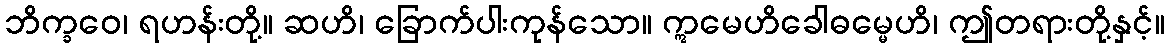
ဘိက္ခဝေ၊ ရဟန်းတို့။ ဆဟိ၊ ခြောက်ပါးကုန်သော။ ဣမေဟိခေါဓမ္မေဟိ၊ ဤတရားတို့နှင့်။